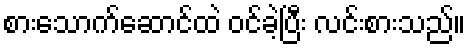
စားသောက်ဆောင်ထဲ ဝင်ခဲ့ပြီး လင်းစားသည်။